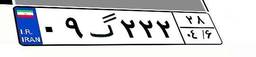
۴۰گ۷۱۶۶۸